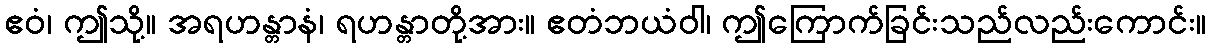
ဧဝံ၊ ဤသို့။ အရဟန္တာနံ၊ ရဟန္တာတို့အား။ ဧတံဘယံဝါ၊ ဤကြောက်ခြင်းသည်လည်းကောင်း။